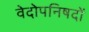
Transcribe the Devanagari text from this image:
वेदोपनिषदों